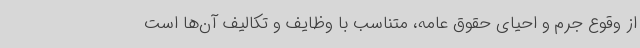
از وقوع جرم و احیای حقوق عامه، متناسب با وظایف و تکالیف آن‌ها است